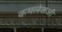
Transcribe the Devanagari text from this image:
कमलेशजी